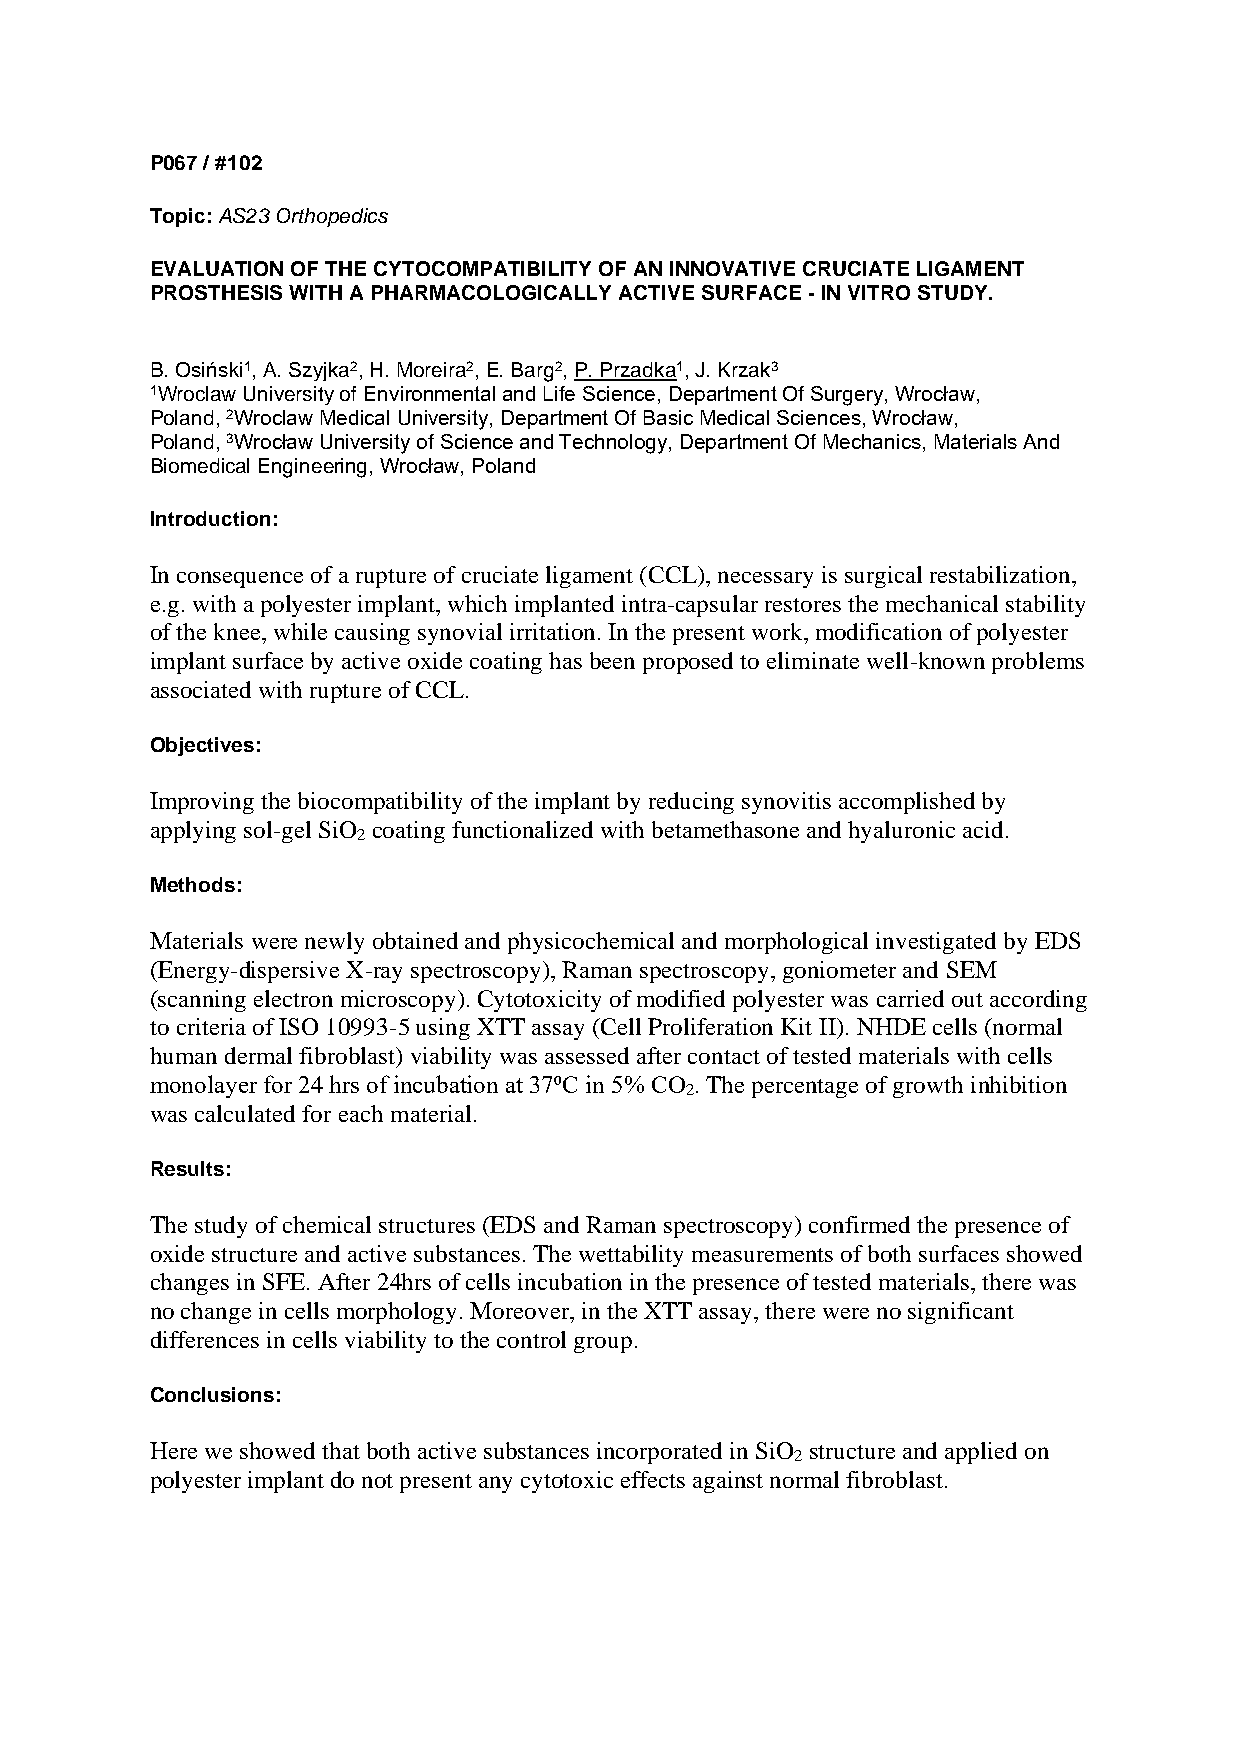
P067 / #102
 Topic: AS23 Orthopedics
 EVALUATION OF THE CYTOCOMPATIBILITY OF AN INNOVATIVE CRUCIATE LIGAMENT
 PROSTHESIS WITH A PHARMACOLOGICALLY ACTIVE SURFACE - IN VITRO STUDY.
 B. Osiński1, A. Szyjka2, H. Moreira2, E. Barg2, P. Przadka1, J. Krzak3
 1Wroclaw University of Environmental and Life Science, Department Of Surgery, Wrocław,
 Poland, 2Wroclaw Medical University, Department Of Basic Medical Sciences, Wrocław,
 Poland, 3Wrocław University of Science and Technology, Department Of Mechanics, Materials And
 Biomedical Engineering, Wrocław, Poland
 Introduction:
 In consequence of a rupture of cruciate ligament (CCL), necessary is surgical restabilization,
 e.g. with a polyester implant, which implanted intra-capsular restores the mechanical stability
 of the knee, while causing synovial irritation. In the present work, modification of polyester
 implant surface by active oxide coating has been proposed to eliminate well-known problems
 associated with rupture of CCL.
 Objectives:
 Improving the biocompatibility of the implant by reducing synovitis accomplished by
 applying sol-gel SiO coating functionalized with betamethasone and hyaluronic acid.
 2
 Methods:
 Materials were newly obtained and physicochemical and morphological investigated by EDS
 (Energy-dispersive X-ray spectroscopy), Raman spectroscopy, goniometer and SEM
 (scanning electron microscopy). Cytotoxicity of modified polyester was carried out according
 to criteria of ISO 10993-5 using XTT assay (Cell Proliferation Kit II). NHDE cells (normal
 human dermal fibroblast) viability was assessed after contact of tested materials with cells
 monolayer for 24 hrs of incubation at 37⁰C in 5% CO . The percentage of growth inhibition
 2
 was calculated for each material.
 Results:
 The study of chemical structures (EDS and Raman spectroscopy) confirmed the presence of
 oxide structure and active substances. The wettability measurements of both surfaces showed
 changes in SFE. After 24hrs of cells incubation in the presence of tested materials, there was
 no change in cells morphology. Moreover, in the XTT assay, there were no significant
 differences in cells viability to the control group.
 Conclusions:
 Here we showed that both active substances incorporated in SiO structure and applied on
 2
 polyester implant do not present any cytotoxic effects against normal fibroblast.